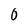
Character: 0